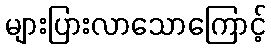
များပြားလာသောကြောင့်